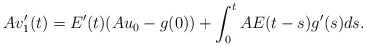
\begin{align*} Av_1'(t) = E'(t)(Au_0 - g(0)) + \int_0^t AE(t-s)g'(s)ds. \end{align*}